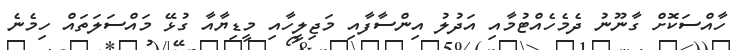
ހާއްސަކޮށް ގާނޫނު ދެމެހެއްޓުމާއި އަދުލު އިންސާފާއި މަޖިލީހާއި މީޑިޔާއާ ގުޅޭ މައްސަލަތައް ހިމެނެ